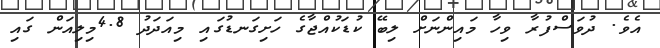
އެވެ. ދުވަސްފުރާ ވިހާ މައިންނަށް ލިބޭ ކުޑަކުއްޖާގެ ހަށިގަނޑުގައި މިއަދަދު 4.8މިލިއަން ގައި